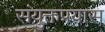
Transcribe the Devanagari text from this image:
संयुक्तप्रयास